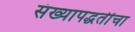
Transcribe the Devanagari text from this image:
संख्यापद्धतींचा